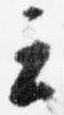
云